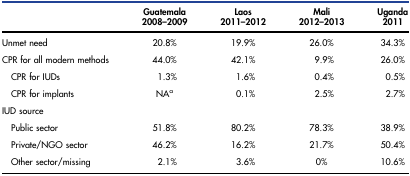
|  | Guatemala 2008–2009 | Laos 2011–2012 | Mali 2012–2013 | Uganda 2011 |
 | --- | --- | --- | --- | --- |
 | Unmet need | 20.8% | 19.9% | 26.0% | 34.3% |
 | CPR for all modern methods | 44.0% | 42.1% | 9.9% | 26.0% |
 | CPR for IUDs | 1.3% | 1.6% | 0.4% | 0.5% |
 | CPR for implants | NAa | 0.1% | 2.5% | 2.7% |
 | IUD source |  |  |  |  |
 | Public sector | 51.8% | 80.2% | 78.3% | 38.9% |
 | Private/NGO sector | 46.2% | 16.2% | 21.7% | 50.4% |
 | Other sector/missing | 2.1% | 3.6% | 0% | 10.6% |